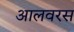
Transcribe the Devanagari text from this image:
आलवरस